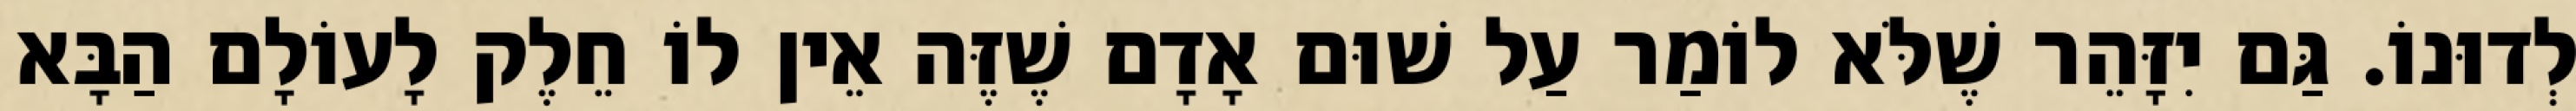
לְדוּנוֹ. גַּם יִזָּהֵר שֶׁלֹּא לוֹמַר עַל שׁוּם אָדָם שֶׁזֶּה אֵין לוֹ חֵלֶק לָעוֹלָם הַבָּא